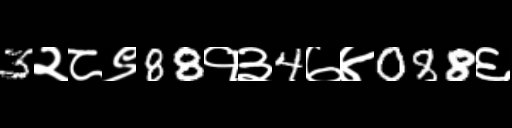
Text: 3२८९88१३4७४088६